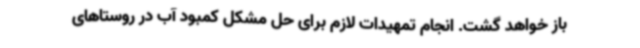
باز خواهد گشت. انجام تمهیدات لازم برای حل مشکل کمبود آب در روستاهای